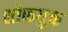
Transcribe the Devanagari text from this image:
शोफयुक्त